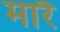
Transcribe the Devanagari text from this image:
मारै